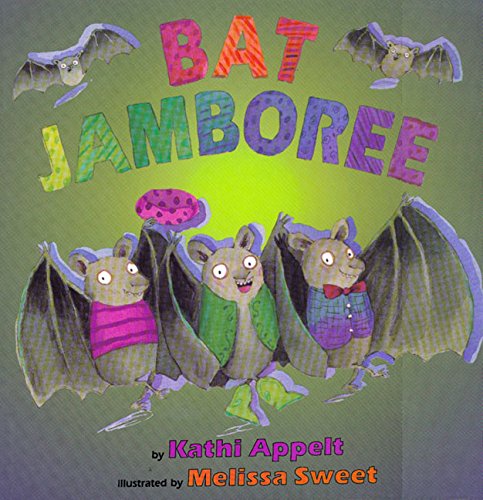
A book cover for Bat Jamboree; Kathi Appelt; Children's Books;